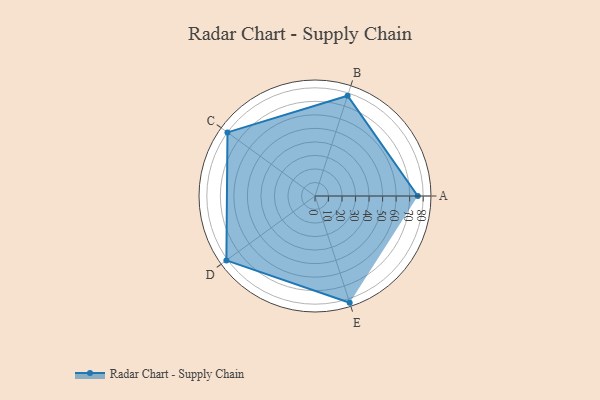
{"axis": {"x": "Skill", "y": "Score"}, "legend": ["Profile"], "data": [{"x": "A", "y": 76.0, "type": "Profile"}, {"x": "B", "y": 78.0, "type": "Profile"}, {"x": "C", "y": 80.0, "type": "Profile"}, {"x": "D", "y": 81.0, "type": "Profile"}, {"x": "E", "y": 83.0, "type": "Profile"}]}